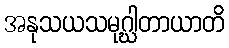
အနုသယသမုဂ္ဃါတာယာတိ